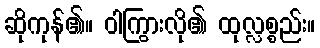
ဆိုကုန်၏။ ဝါကြွားလို၏ ထုလ္လစ္စည်း။